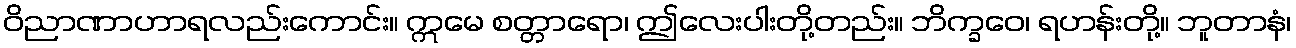
ဝိညာဏာဟာရလည်းကောင်း။ ဣမေ စတ္တာရော၊ ဤလေးပါးတို့တည်း။ ဘိက္ခဝေ၊ ရဟန်းတို့။ ဘူတာနံ၊